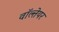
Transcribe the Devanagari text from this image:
वॉल्तेयर